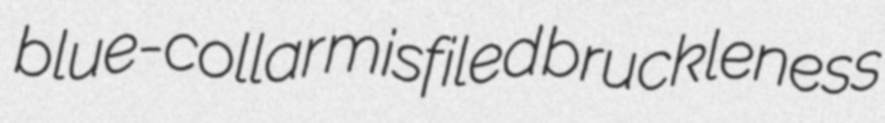
blue-collar misfiled bruckleness